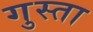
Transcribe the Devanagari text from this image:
गुस्ता